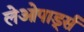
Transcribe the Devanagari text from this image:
लेओपार्ड्स